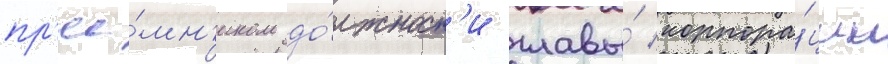
пр'ее́мн'иком до́лжност'и главы́ корпора́ции